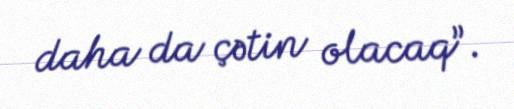
daha da çətin olacaq”.